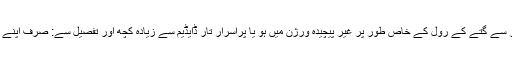
چاہے ٹوائلٹ پیپر سے گتے کے رول کے خاص طور پر غیر پیچیدہ ورژن میں ہو یا پراسرار تار ڈایڈیم سے زیادہ کچھ اور تفصیل سے: صرف اپنے آپ کو تاج پہناؤ!